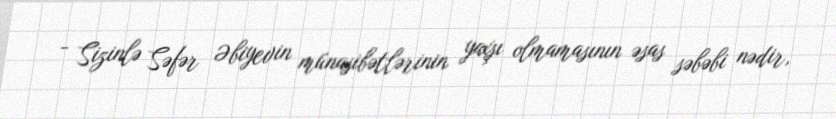
- Sizinlə Səfər Əbiyevin münasibətlərinin yaxşı olmamasının əsas səbəbi nədir,